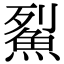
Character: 鮤